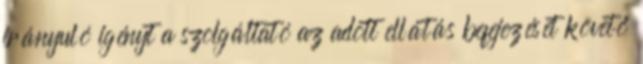
irányuló igényt a szolgáltató az adott ellátás befejezését követő